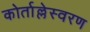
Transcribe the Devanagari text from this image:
कोर्ताल्लेस्वरण